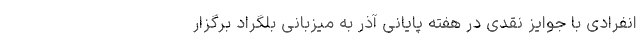
انفرادی با جوایز نقدی در هفته پایانی آذر به میزبانی بلگراد برگزار